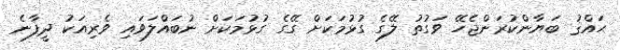
ޙައްޤު ބަޔާންކުރަންޖެހޭ ވަގުތު ލޭގެ ގުޅުމަކަށް ގޭގެ ގުޅުމަކަށް ނުބައްލަވައި ވެރިއަކު ދީފާނެ